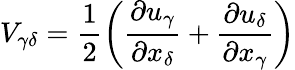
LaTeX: V_{\gamma\delta}=\frac{1}{2}\left(\frac{\partial u_{\gamma}}{\partial x_{\delta}}+\frac{\partial u_{\delta}}{\partial x_{\gamma}}\right)